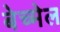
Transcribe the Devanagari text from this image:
बेच्मेल